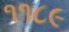
૧૧૮૯